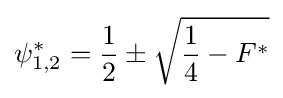
\psi _{1,2}^{*}={\frac {1}{2}}\pm {\sqrt {{\frac {1}{4}}-F^{*}}}